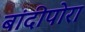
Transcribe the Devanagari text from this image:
बांदीपोरा